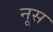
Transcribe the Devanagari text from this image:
नूस